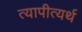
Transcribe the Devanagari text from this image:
त्यापीत्यर्थ